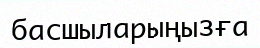
басшыларыңызға